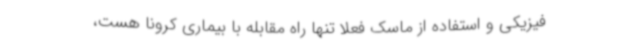
فیزیکی و استفاده از ماسک فعلاً تنها راه مقابله با بیماری کرونا هست،